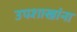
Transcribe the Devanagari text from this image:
उपशाखांना